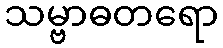
သမ္ဗာဓတရော